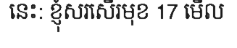
នេះ: ខ្ញុំសរសើរមុខ 17 មើល